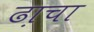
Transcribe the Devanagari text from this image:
ढा़चा